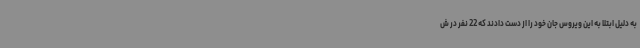
به دلیل ابتلا به این ویروس جان خود را از دست دادند که 22 نفر در ش